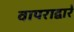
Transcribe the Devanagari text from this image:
वापराद्वारे